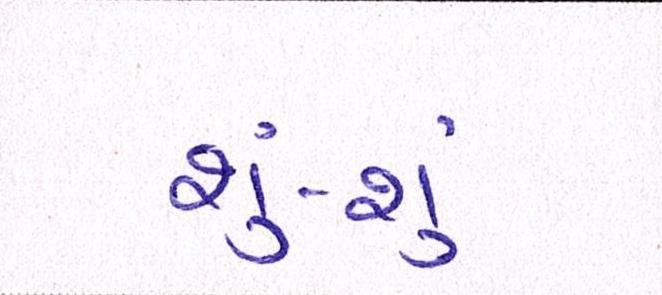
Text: શું-શું